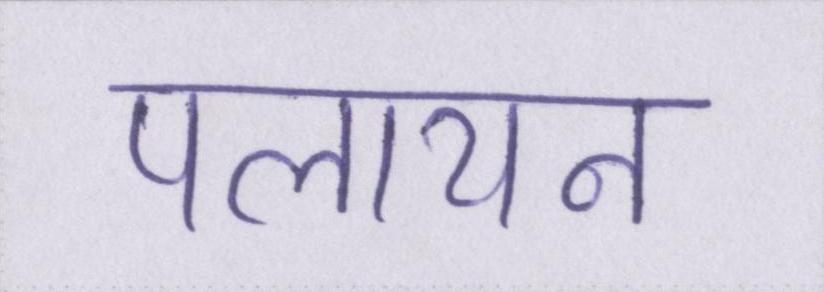
पलायन